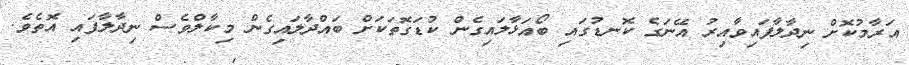
އަރާމުކޮށް ނިދާލާފައިވާއިރު އޭނަގެ ކޮނޑުގައި ބޯއަޅާލައިގެން ކުޑަގޮތަކަށް ބައްދާލައިގެން މިކާލްވެސް ނިދާލާފައި އޮތެވެ.